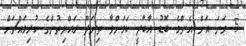
5 ވަނަ އަށް އެންމެ ބޮޑު އާބާދީ ކަމަށްވާ ތިނަދޫ ރައްޔިތުންގެ ކުރިމައްޗަށް